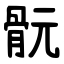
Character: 䯈